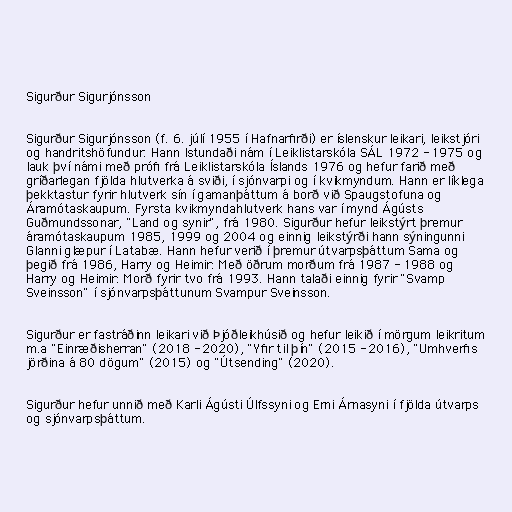
Sigurður Sigurjónsson

Sigurður Sigurjónsson (f. 6. júlí 1955 í Hafnarfirði) er íslenskur leikari, leikstjóri
og handritshöfundur. Hann lstundaði nám í Leiklistarskóla SÁL 1972 - 1975 og
lauk því námi með prófi frá Leiklistarskóla Íslands 1976 og hefur farið með
gríðarlegan fjölda hlutverka á sviði, í sjónvarpi og í kvikmyndum. Hann er líklega
þekktastur fyrir hlutverk sín í gamanþáttum á borð við Spaugstofuna og
Áramótaskaupum. Fyrsta kvikmyndahlutverk hans var í mynd Ágústs
Guðmundssonar, "Land og synir", frá 1980. Sigurður hefur leikstýrt þremur
áramótaskaupum 1985, 1999 og 2004 og einnig leikstýrði hann sýningunni
Glanni glæpur í Latabæ. Hann hefur verið í þremur útvarpsþáttum Sama og
þegið frá 1986, Harry og Heimir: Með öðrum morðum frá 1987 - 1988 og
Harry og Heimir: Morð fyrir tvo frá 1993. Hann talaði einnig fyrir "Svamp
Sveinsson" í sjónvarpsþáttunum Svampur Sveinsson.

Sigurður er fastráðinn leikari við Þjóðleikhúsið og hefur leikið í mörgum leikritum
m.a "Einræðisherran" (2018 - 2020), "Yfir til þín" (2015 - 2016), "Umhverfis
jörðina á 80 dögum" (2015) og "Útsending" (2020).

Sigurður hefur unnið með Karli Ágústi Úlfssyni og Erni Árnasyni í fjölda útvarps
og sjónvarpsþáttum.